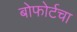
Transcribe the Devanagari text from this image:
बोफोर्टचा